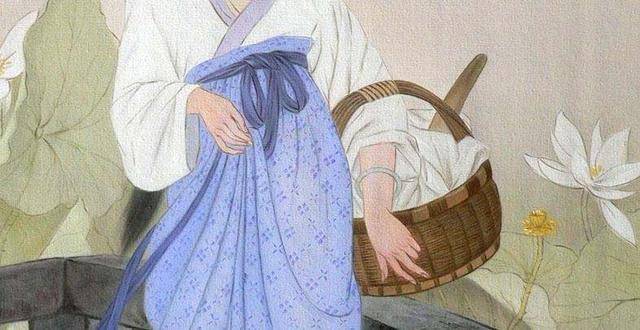
万里无人收白骨，家家城下招魂葬。